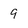
Character: 9